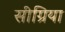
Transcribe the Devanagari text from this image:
सीग्रिया